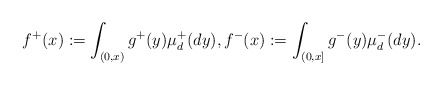
\begin{align*}f^+(x):=\int_{(0,x)}g^+(y)\mu^+_d(dy),f^-(x):=\int_{(0,x]}g^-(y)\mu^-_d(dy).\end{align*}